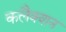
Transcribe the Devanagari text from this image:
कलैक्शन